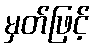
မှတ်ဖြင့်